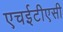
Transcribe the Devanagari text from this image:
एचईटीएसी